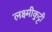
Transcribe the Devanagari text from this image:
लक्ष्मीकुट्टी